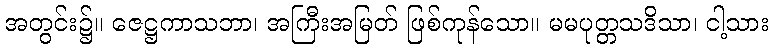
အတွင်း၌။ ဇေဋ္ဌကာသဘာ၊ အကြီးအမြတ် ဖြစ်ကုန်သော။ မမပုတ္တသဒိသာ၊ ငါ့သား